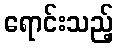
ရောင်းသည့်